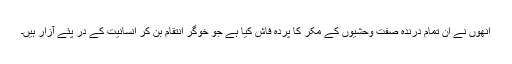
انھوں نے ان تمام درندہ صفت وحشیوں کے مکر کا پردہ فاش کیا ہے جو خوگر انتقام بن کر انسانیت کے در پئے آزار ہیں۔